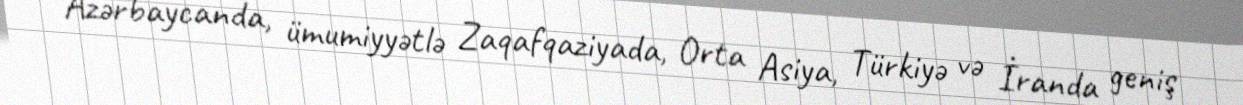
Azərbaycanda, ümumiyyətlə Zaqafqaziyada, Orta Asiya, Türkiyə və İranda geniş